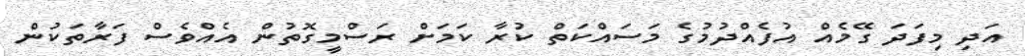
އަދި މިފަދަ ގޭމެއް އުފެއްދުމުގެ މަސައްކަތް ކުރާ ކަމަށް ރަސްމީގޮތުން އެއްވެސް ފަރާތަކުން